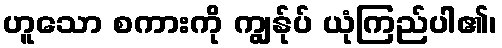
ဟူသော စကားကို ကျွန်ုပ် ယုံကြည်ပါ၏၊